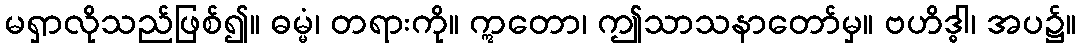
မရှာလိုသည်ဖြစ်၍။ ဓမ္မံ၊ တရားကို။ ဣတော၊ ဤသာသနာတော်မှ။ ဗဟိဒ္ဓါ၊ အပ၌။